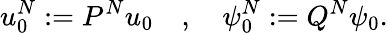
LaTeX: u_{0}^{N}:=P^{N}u_{0}\quad,\quad\psi_{0}^{N}:=Q^{N}\psi_{0}.